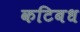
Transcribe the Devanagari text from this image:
कटिबध